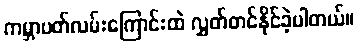
ကမ္ဘာပတ်လမ်းကြောင်းထဲ လွှတ်တင်နိုင်ခဲ့ပါတယ်။